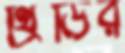
থ্রিডির